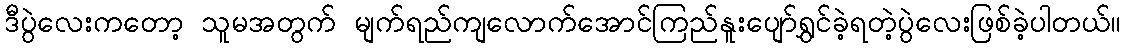
ဒီပွဲလေးကတော့ သူမအတွက် မျက်ရည်ကျလောက်အောင်ကြည်နူးပျော်ရွှင်ခဲ့ရတဲ့ပွဲလေးဖြစ်ခဲ့ပါတယ်။